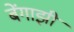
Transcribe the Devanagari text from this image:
बेंगाझी